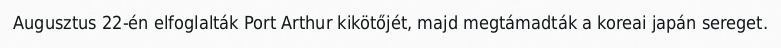
Augusztus 22-én elfoglalták Port Arthur kikötőjét, majd megtámadták a koreai japán sereget.